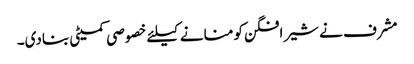
مشرف نے شیرافگن کو منانے کیلئے خصوصی کمیٹی بنادی۔